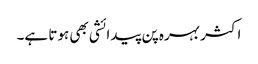
اکثر بہرہ پن پیدائشی بھی ہوتا ہے۔